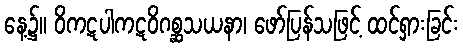
နေ့၌။ ဝိကဋပါကဋဝိဂစ္ဆသယနာ၊ ဖော်ပြန်သဖြင့် ထင်ရှားခြင်း